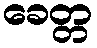
ခေတ္တ